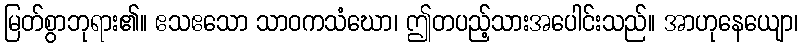
မြတ်စွာဘုရား၏။ ဧသဧသော သာဝကသံဃော၊ ဤတပည့်သားအပေါင်းသည်။ အာဟုနေယျော၊